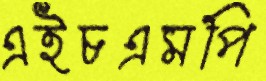
এইচএমপি